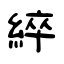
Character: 綷